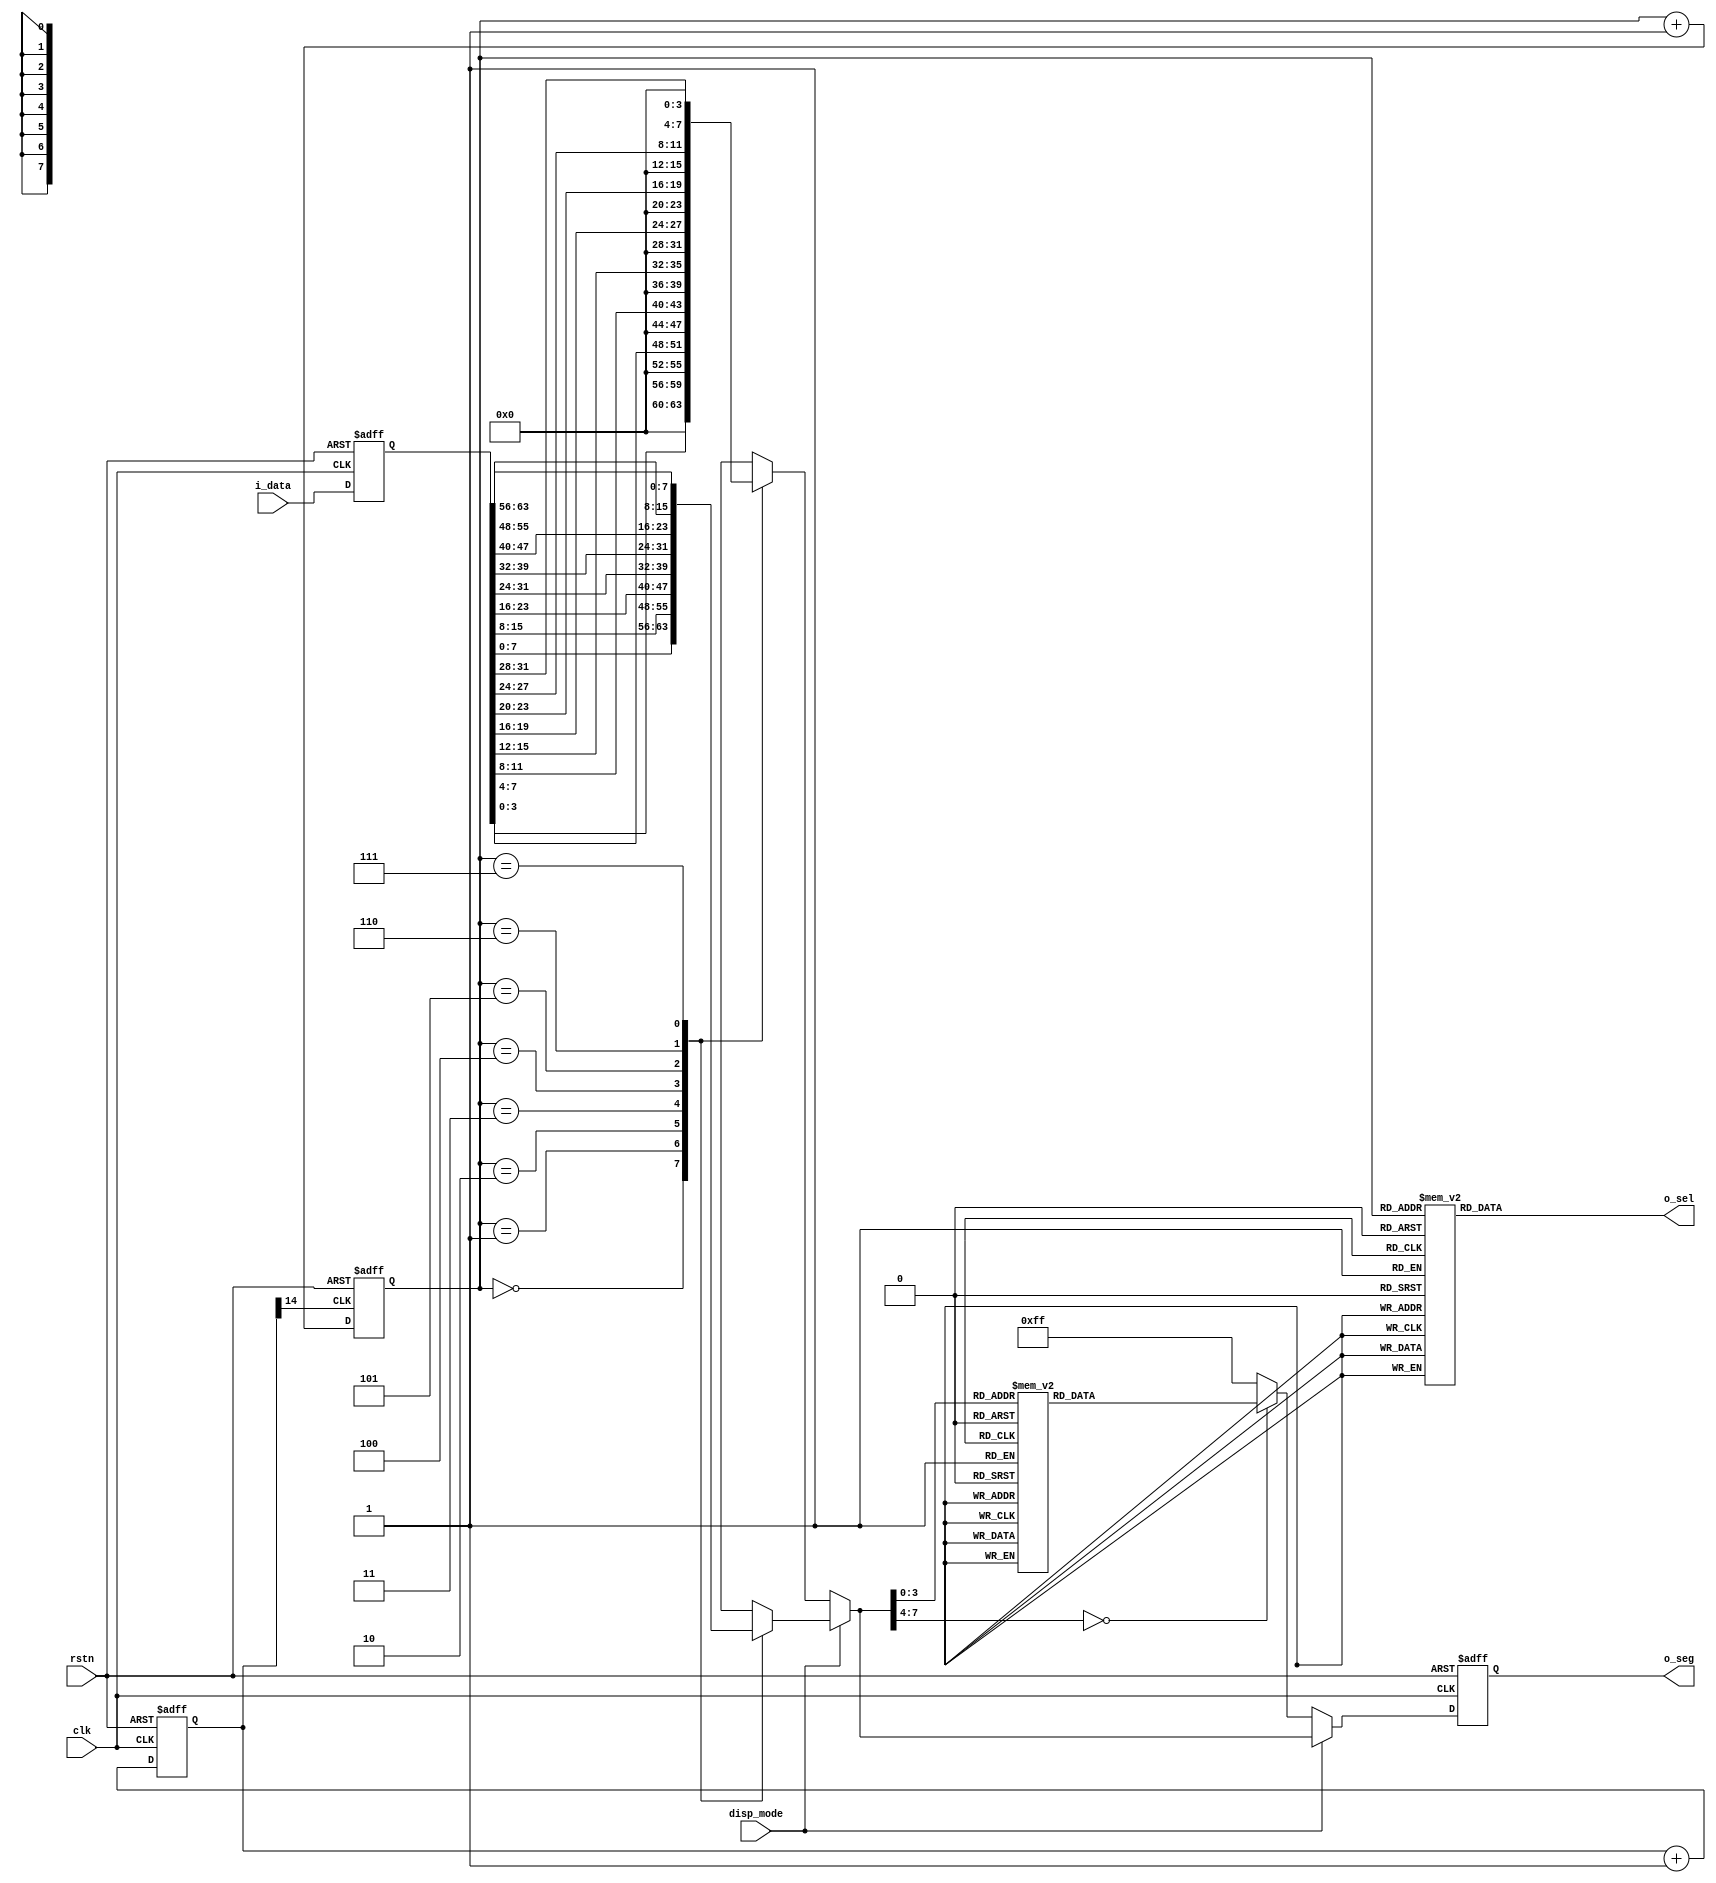
`timescale 1ns / 1ps
//////////////////////////////////////////////////////////////////////////////////
// Company: 
// Engineer: 
// 
// Design Name: 
// Module Name: seg7x16
// Project Name: 
// Target Devices: 
// Tool Versions: 
// Description: 
// 
// Dependencies: 
// 
// Revision:
// Revision 0.01 - File Created
// Additional Comments:
// 
//////////////////////////////////////////////////////////////////////////////////


module seg7x16(
        input clk, input rstn, input[63:0] i_data,input disp_mode,output [7:0] o_seg, output [7:0] o_sel
    );
    
    reg [14:0] cnt;
    wire seg7_clk;
    always@(posedge clk, negedge rstn)
    if(!rstn) cnt<=0;
    else cnt<=cnt + 1'b1;
    
    assign seg7_clk = cnt[14];
    
    reg [2:0] seg7_addr;
    
    always@(posedge seg7_clk, negedge rstn)
        if(!rstn) seg7_addr <= 0;
        else seg7_addr <= seg7_addr + 1'b1;
        
    reg [7:0] o_sel_r;
    
    always@(*)
        case(seg7_addr)
            7:o_sel_r = 8'b01111111;
            6:o_sel_r = 8'b10111111;
            5:o_sel_r = 8'b11011111;
            4:o_sel_r = 8'b11101111;
            3:o_sel_r = 8'b11110111;
            2:o_sel_r = 8'b11111011;
            1:o_sel_r = 8'b11111101;
            0:o_sel_r = 8'b11111110;
      endcase
      
      reg [63:0] i_data_store;
      always@(posedge clk, negedge rstn)
        if(!rstn) i_data_store <= 0;
        else i_data_store <= i_data;
        
      reg [7:0] seg_data_r;
      always@(*)
      if(disp_mode == 1'b0)begin
        case(seg7_addr)
            0: seg_data_r = i_data_store[3:0];
            1: seg_data_r = i_data_store[7:4];
            2: seg_data_r = i_data_store[11:8];
            3: seg_data_r = i_data_store[15:12];
            4: seg_data_r = i_data_store[19:16];
            5: seg_data_r = i_data_store[23:20];
            6: seg_data_r = i_data_store[27:24];
            7: seg_data_r = i_data_store[31:28];
        endcase end
        else begin
        case(seg7_addr)
            0:seg_data_r = i_data_store[7:0];
            1:seg_data_r = i_data_store[15:8];
            2:seg_data_r = i_data_store[23:16];
            3:seg_data_r = i_data_store[31:24];
            4:seg_data_r = i_data_store[39:32];
            5:seg_data_r = i_data_store[47:40];
            6:seg_data_r = i_data_store[55:48];
            7:seg_data_r = i_data_store[63:56];
         endcase end   
            
        
        reg[7:0] o_seg_r;
        always@(posedge clk, negedge rstn)
            if(!rstn) o_seg_r<=8'hff;
            else if(disp_mode == 1'b0) begin
                case(seg_data_r)
                4'h0: o_seg_r <= 8'hC0;
                4'h1: o_seg_r <= 8'hF9;
                4'h2: o_seg_r <= 8'hA4;
                4'h3: o_seg_r <= 8'hB0;
                4'h4: o_seg_r <= 8'h99;
                4'h5: o_seg_r <= 8'h92;
                4'h6: o_seg_r <= 8'h82;
                4'h7: o_seg_r <= 8'hF8;
                4'h8: o_seg_r <= 8'h80;
                4'h9: o_seg_r <= 8'h90;
                4'hA: o_seg_r <= 8'h88;
                4'hB: o_seg_r <= 8'h83;
                4'hC: o_seg_r <= 8'hC6;
                4'hD: o_seg_r <= 8'hA1;
                4'hE: o_seg_r <= 8'h86;
                4'hF: o_seg_r <= 8'h8E;
                default:o_seg_r <= 8'hFF;
            endcase end
        else begin o_seg_r <= seg_data_r;end
            
        assign o_sel = o_sel_r;
        assign o_seg = o_seg_r;
                          
endmodule